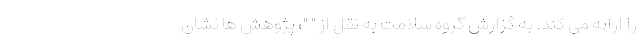
را ارائه می کند. به گزارش گروه سلامت به نقل از " "، پژوهش ها نشان